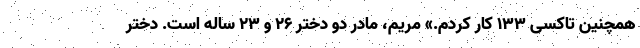
همچنین تاکسی ۱۳۳ کار کردم.» مریم، مادر دو دختر ۲۶ و ۲۳ ساله است. دختر